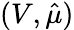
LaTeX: (V,\hat{\mu})